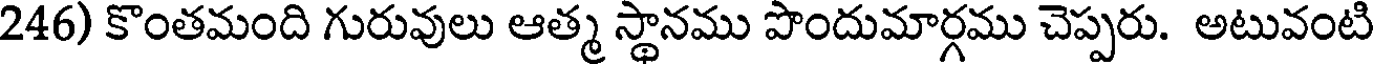
246) కొంతమంది గురువులు ఆత్మ స్థానము పొందుమార్గము చెప్పరు. అటువంటి